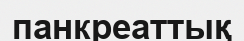
панкреаттық